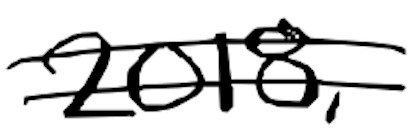
Text: 2018,
Cross-out: mix
Writing tool: digital_black